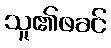
သူ၏ဖခင်